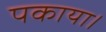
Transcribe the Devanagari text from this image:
पकाया।